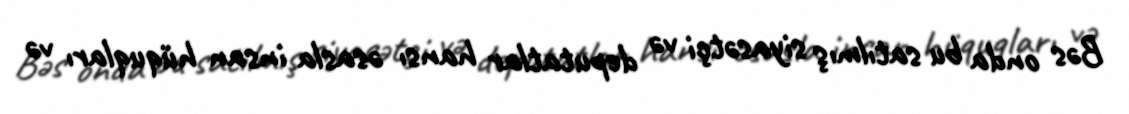
Bəs onda bu satılmış siyasətçi və deputatlar hansı əsasla insan hüquqları və